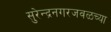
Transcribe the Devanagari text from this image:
सुरेन्द्रनगरजवळच्या